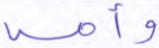
وأمه